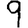
Digit: 9